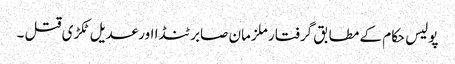
پولیس حکام کے مطابق گرفتار ملزمان صابر ٹنڈا اورعدیل ٹکڑی قتل ۔